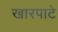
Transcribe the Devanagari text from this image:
खारपाटे